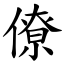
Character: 僚